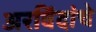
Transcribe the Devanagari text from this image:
अरविंदांचे